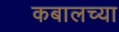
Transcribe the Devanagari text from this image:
कबालच्या